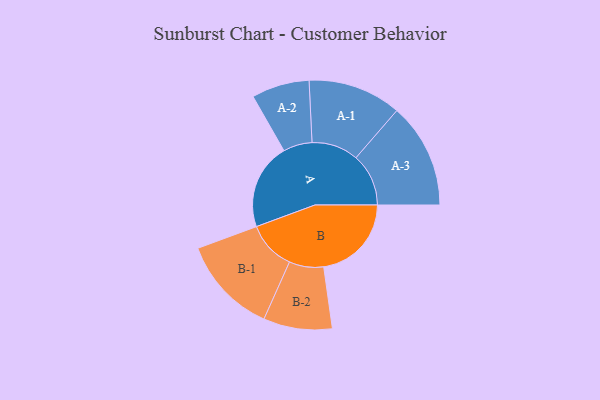
{"axis": {"x": "Segment", "y": "Value"}, "legend": ["", "A", "B"], "data": [{"x": "A", "y": 441, "type": ""}, {"x": "B", "y": 449, "type": ""}, {"x": "A-1", "y": 239, "type": "A"}, {"x": "A-2", "y": 148, "type": "A"}, {"x": "A-3", "y": 269, "type": "A"}, {"x": "B-1", "y": 250, "type": "B"}, {"x": "B-2", "y": 176, "type": "B"}]}